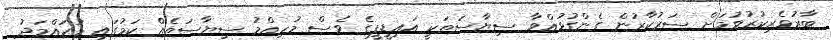
ބާރުވެރިކުރުވުމަށް ސަރުކާރުން ގެންގުޅުއްވާ ސިޔާސަތަކީ އައިޑީޕީގެ ވެސް މުހިއްމު ސިޔާސަތެއް ކަމުގައި މުޙައްމަދު